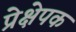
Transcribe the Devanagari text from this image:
प्रेक्षेपक